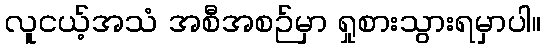
လူငယ့်အသံ အစီအစဉ်မှာ ရှုစားသွားရမှာပါ။